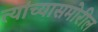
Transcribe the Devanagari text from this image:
त्यांच्यासमोरील